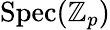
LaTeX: {\mathrm{Spec}}(\mathbb{Z}_{p})